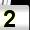
Digit: 2